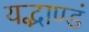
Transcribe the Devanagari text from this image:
यद्भाण्डं